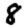
Digit: 8